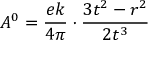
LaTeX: A ^ { 0 } = { \frac { e k } { 4 \pi } } \cdot { \frac { 3 t ^ { 2 } - r ^ { 2 } } { 2 t ^ { 3 } } }